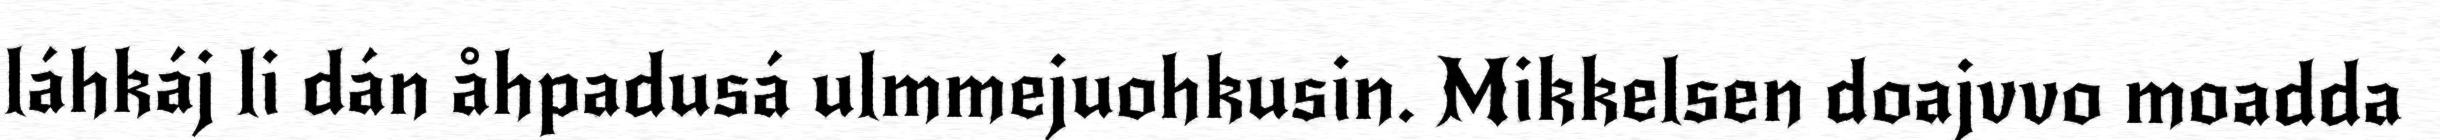
láhkáj li dán åhpadusá ulmmejuohkusin. Mikkelsen doajvvo moadda